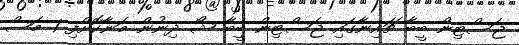
ޖަސްޓިން ބީބާ ޗައިނާގައި ޖަސްޓިން ބީބާ ޝޯ ދިނުން މަނާކޮށްފި 1 މަސް